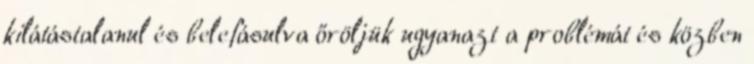
kilátástalanul és belefásulva őröljük ugyanazt a problémát és közben